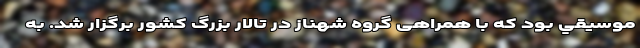
موسيقي بود که با همراهی گروه شهناز در تالار بزرگ كشور برگزار شد. به